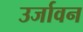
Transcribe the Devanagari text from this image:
उर्जावन